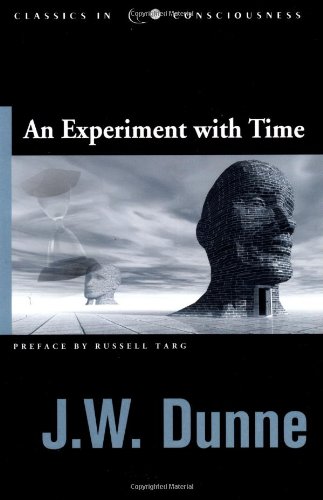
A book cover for An Experiment with Time (Studies in Consciousness); J. W. Dunne; Science & Math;